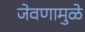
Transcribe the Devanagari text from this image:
जेवणामुळे